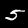
Digit: 5